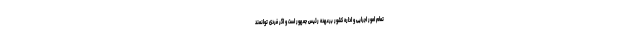
تمام امور اجرایی و اداره کشور برعهده رئیس جمهور است و اگر فردی توانمند